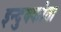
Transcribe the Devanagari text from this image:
इन्दुक्कोता